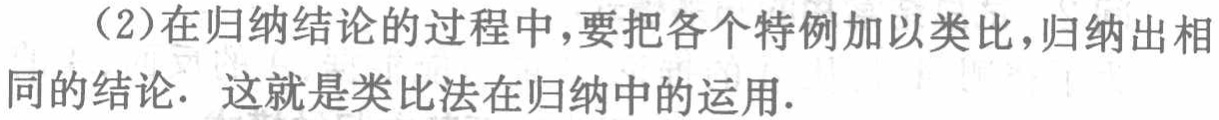
（2）在归纳结论的过程中，要把各个特例加以类比，归纳出相同的结论. 这就是类比法在归纳中的运用.